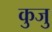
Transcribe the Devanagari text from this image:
कुजु